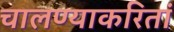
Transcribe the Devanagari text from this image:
चालण्याकरितां